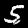
Digit: 5